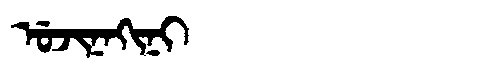
Manchu: ᡠᠵᡳᠨᠠᡴᡳᠨᡳ
Romanization: UJINAKINI